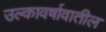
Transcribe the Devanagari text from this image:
उल्कावर्षावातील